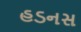
હડનસ